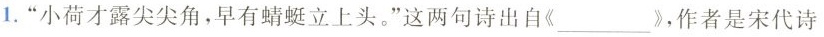
1.”小荷才露尖尖角，早有蜻蜓立上头。”这两句诗出自《___》，作者是宋代诗